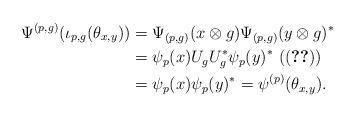
LaTeX: \begin{align*}\Psi^{(p,g)}(\iota_{p,g}(\theta_{x,y})) &= \Psi_{(p,g)}(x\otimes g) \Psi_{(p,g)}(y\otimes g)^* \\&=\psi_p(x) U_g U_g^* \psi_p(y)^* \ (\eqref{E:DefPsi})\\&= \psi_p(x)\psi_p(y)^* = \psi^{(p)}(\theta_{x,y}).\end{align*}